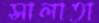
সালাতা